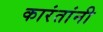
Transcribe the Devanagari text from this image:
कारंतांनी